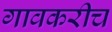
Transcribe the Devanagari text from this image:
गावकरीच